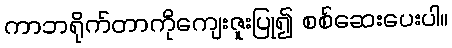
ကာဘရိုက်တာကိုကျေးဇူးပြု၍ စစ်ဆေးပေးပါ။